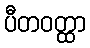
ပီတဝတ္ထာ